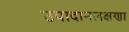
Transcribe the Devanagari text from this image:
उपादानलक्षणा